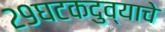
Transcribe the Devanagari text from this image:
२९घटकदुव्याचे